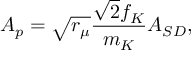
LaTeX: A _ { p } = \sqrt { r _ { \mu } } \frac { \sqrt { 2 } f _ { K } } { m _ { K } } A _ { S D } ,